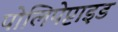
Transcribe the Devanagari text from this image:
पोलिपेप्टाइड